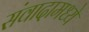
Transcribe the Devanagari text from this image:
संवादामध्ये